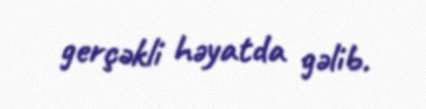
gerçəkli həyatda gəlib.